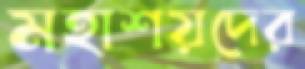
মহাশয়দের